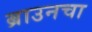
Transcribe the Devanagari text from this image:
ब्राउनचा